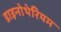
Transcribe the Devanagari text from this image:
डाइनोथेरियम